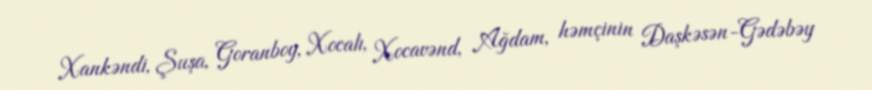
Xankəndi, Şuşa, Goranboy, Xocalı, Xocavənd, Ağdam, həmçinin Daşkəsən-Gədəbəy